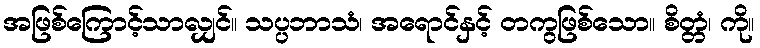
အဖြစ်ကြောင့်သာလျှင်။ သပ္ပဘာသံ၊ အရောင်နှင့် တကွဖြစ်သော။ စိတ္တံ၊ ကို။